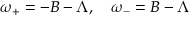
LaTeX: \omega _ { + } = - B - \Lambda , \quad \omega _ { - } = B - \Lambda